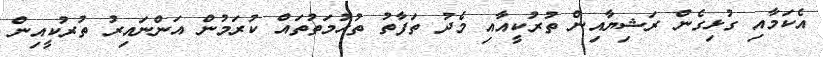
އެކަމާއި ގުޅިގެން ރަޝިޔާއިން ތުރުކީއާއި މެދު ތަފާތު ތުހުމަތުތައް ކުރަމުން އަންނައިރު ތުރުކީއިން